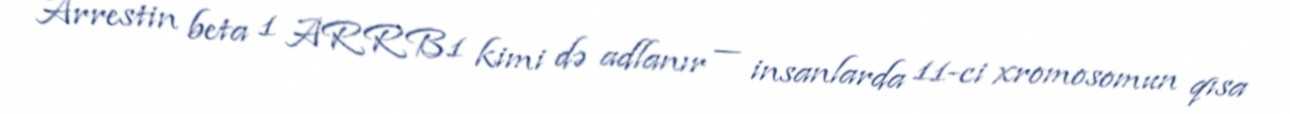
Arrestin beta 1 ARRB1 kimi də adlanır — insanlarda 11-ci xromosomun qısa